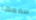
سمعها